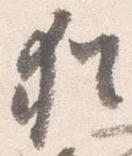
猶